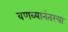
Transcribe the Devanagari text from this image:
वणव्यानंतरचा